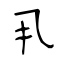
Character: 丮